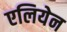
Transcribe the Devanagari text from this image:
एलियेन